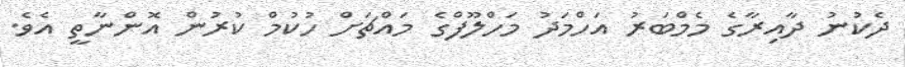
ދެކުނު ދާއިރާގެ މެމްބަރު އަހްމަދު މަހްލޫފްގެ މައްޗަށް ހުކުމް ކުރުން އޮންނާތީ އެވެ.